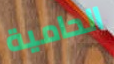
الحامية